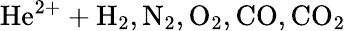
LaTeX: \mathrm{He^{2+}+H_{2},N_{2},O_{2},CO,CO_{2}}